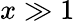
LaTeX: x\gg 1